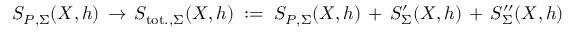
S _ { P , \Sigma } ( X , h ) \, \to \, S _ { \mathrm { t o t . , } \Sigma } ( X , h ) \; : = \; S _ { P , \Sigma } ( X , h ) \, + \, S _ { \Sigma } ^ { \prime } ( X , h ) \, + \, S _ { \Sigma } ^ { \prime \prime } ( X , h ) \,